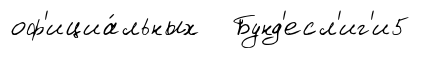
оф'ициа́льных Бунд'есл'иг'и5